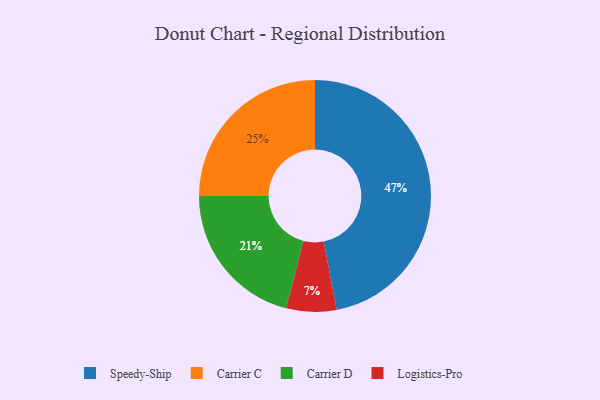
{"axis": {"x": "Category", "y": "Percentage"}, "legend": ["Carrier C", "Carrier D", "Logistics-Pro", "Speedy-Ship"], "data": [{"x": "Carrier C", "y": 25, "type": "Carrier C"}, {"x": "Speedy-Ship", "y": 47, "type": "Speedy-Ship"}, {"x": "Logistics-Pro", "y": 7, "type": "Logistics-Pro"}, {"x": "Carrier D", "y": 21, "type": "Carrier D"}]}